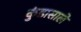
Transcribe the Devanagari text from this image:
कुंडासाले